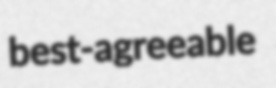
best-agreeable